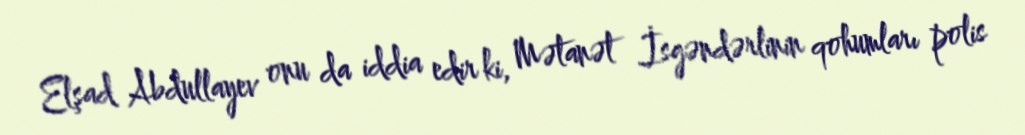
Elşad Abdullayev onu da iddia edir ki, Mətanət İsgəndərlinin qohumları polis